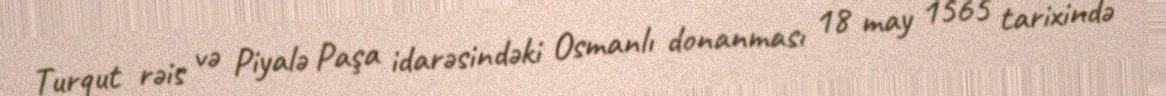
Turqut rəis və Piyalə Paşa idarəsindəki Osmanlı donanması 18 may 1565 tarixində